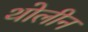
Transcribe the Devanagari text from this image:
थोलीन